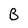
Character: B